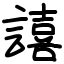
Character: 譆